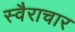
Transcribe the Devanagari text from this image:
स्वैराचार